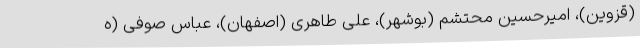
(قزوین)، امیرحسین محتشم (بوشهر)، علی طاهری (اصفهان)، عباس صوفی (ه